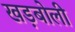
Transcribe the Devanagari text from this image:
खड़बोली